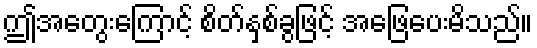
ဤအတွေးကြောင့် စိတ်နှစ်ခွဖြင့် အဖြေပေးမိသည်။